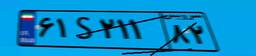
۶۱S۲۱۱۸۲